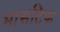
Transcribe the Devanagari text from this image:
मासटिफ